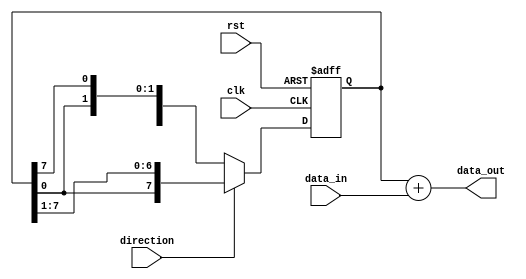
module shift_and_add(
    input clk,
    input rst,
    input [7:0] data_in,
    input direction,
    output reg [7:0] data_out
);

reg [7:0] shift_reg;

always @(posedge clk or posedge rst) begin
    if (rst) begin
        shift_reg <= 8'b0;
    end else begin
        if (direction) begin // Right shift
            shift_reg <= {shift_reg[0], shift_reg[7:1]};
        end else begin // Left shift
            shift_reg <= {shift_reg[6:0], shift_reg[7]};
        end
    end
end

assign data_out = shift_reg + data_in;

endmodule